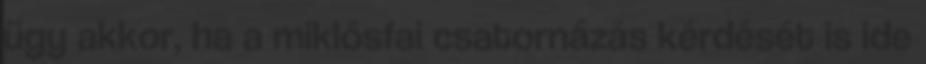
ügy akkor, ha a miklósfai csatornázás kérdését is ide